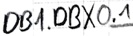
Text: DB1.DBX0.1